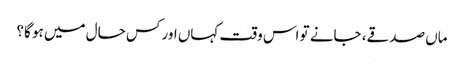
ماں صدقے، جانے تو اس وقت کہاں اور کس حال میں ہو گا؟